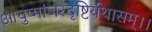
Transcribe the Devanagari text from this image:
आयुष्मांजरदृष्टिर्यथासम्।।